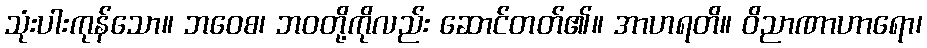
သုံးပါးကုန်သော။ ဘဝေစ၊ ဘဝတို့ကိုလည်း ဆောင်တတ်၏။ အာဟရတိ။ ဝိညာဏာဟာရော၊